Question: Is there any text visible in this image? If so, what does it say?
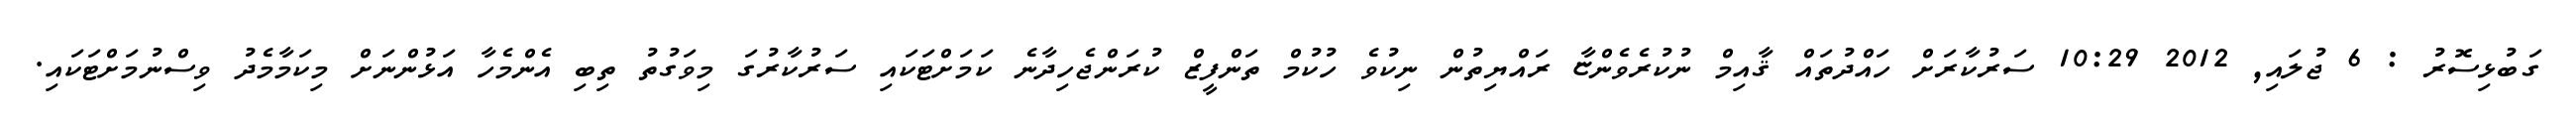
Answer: ގަބުޅިސޮރު : 6 ޖުލައި, 2012 10:29 ސަރުކާރަށް ހައްދުތައް ޤާއިމް ނުކުރެވެންޏާ ރައްޔިތުން ނިކުވެ ހުކުމް ތަންފީޒް ކުރަންޖެހިދާނެ ކަމަށްޓަކައި ސަރުކާރުގަ މިވަގުތު ތިބި އެންމެހާ އަޅުންނަށް މިކަމާމެދު ވިސްނުމަށްޓަކައި.